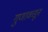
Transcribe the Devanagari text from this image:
गुणाकडून